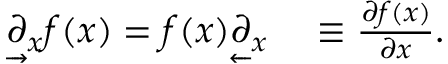
\begin{array} { r l } { \underrightarrow { \partial } _ { x } f ( x ) = f ( x ) \underleftarrow { \partial } _ { x } } & { { } \equiv \frac { \partial f ( x ) } { \partial x } . } \end{array}